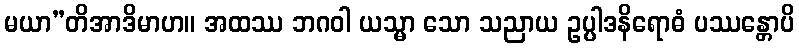
မယာ”တိအာဒိမာဟ။ အထဿ ဘဂဝါ ယသ္မာ သော သညာယ ဥပ္ပါဒနိရောဓံ ပဿန္တောပိ